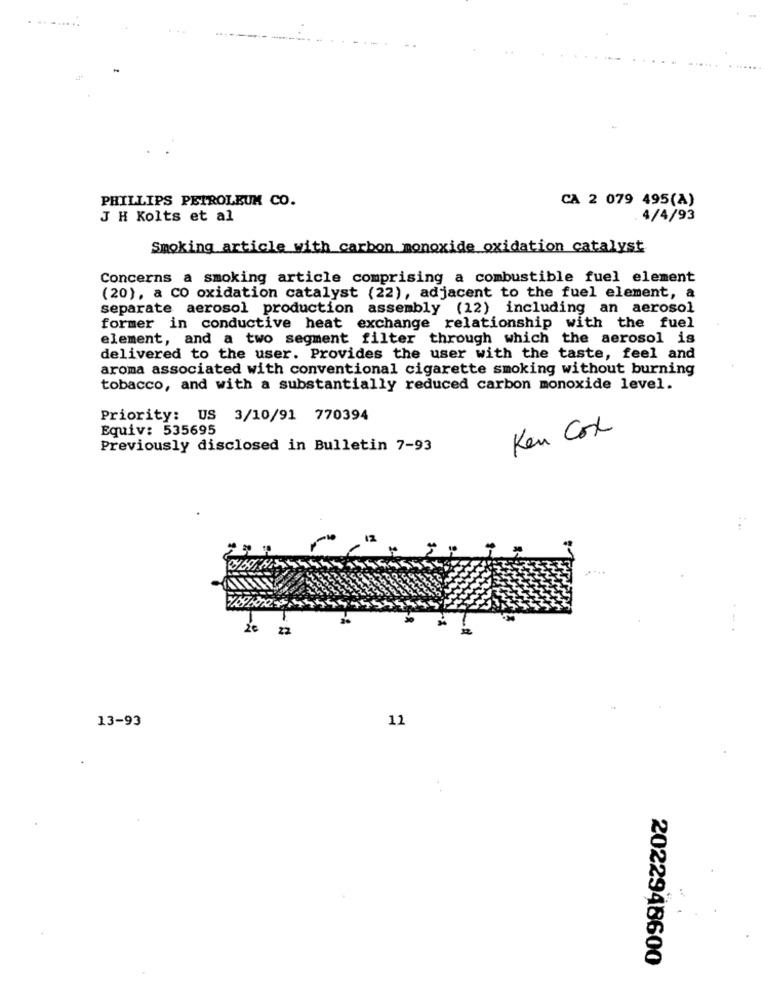
. ........
PHILLIPS PETROLEUM CO.
CA 2 079 495(A)
J H Kolts et al
4/4/93
Smoking article with carbon monoxide oxidation catalyst
Concerns a smoking article comprising a combustible fuel element
(20), a co oxidation catalyst (22), adjacent to the fuel element, a
separate aerosol production assembly (12) including an aerosol
former in conductive heat exchange relationship with the fuel
element, and a two segment filter through which the aerosol is
delivered to the user. Provides the user with the taste, feel and
aroma associated with conventional cigarette smoking without burning
tobacco, and with a substantially reduced carbon monoxide level.
Priority: US 3/10/91 770394
Equiv: 535695
Ken Cox
Previously disclosed in Bulletin 7-93
12
2€
22
13-93
12
2022948600